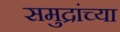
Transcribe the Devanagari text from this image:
समुद्रांच्या